Civil Veterinary Department Bengal reports 1933-51 - 1933-1951
Year: 1933
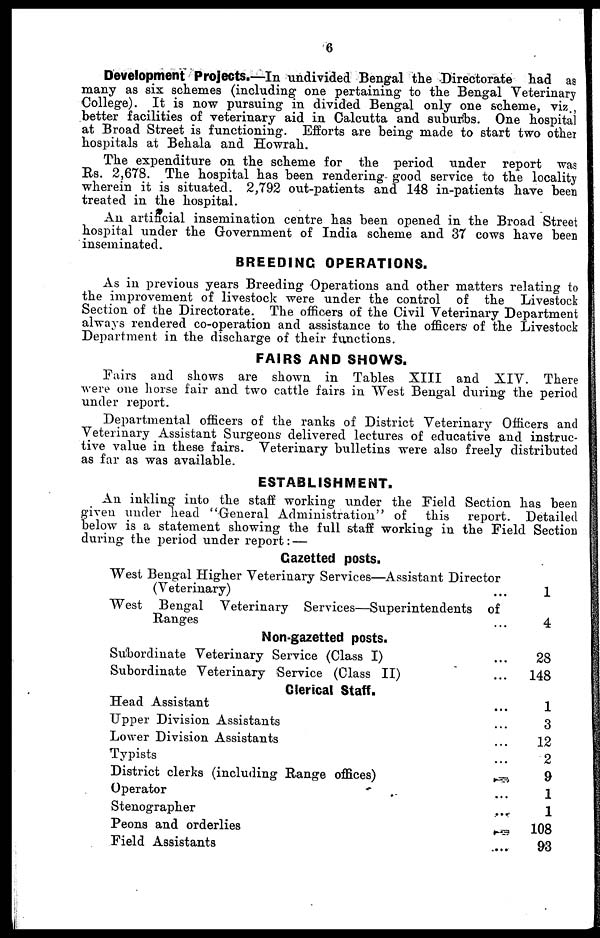
6
Development Projects.-In undivided Bengal the Directorate had as
many as six schemes (including one pertaining to the Bengal Veterinary
College). It is now pursuing in divided Bengal only one scheme, viz.,
better facilities of veterinary aid in Calcutta and suburbs. One hospital
at Broad Street is functioning. Efforts are being made to start two other
hospitals at Behala and Howrah.
The expenditure on the scheme for the period under report was
Rs. 2,678. The hospital has been rendering- good service to the locality
wherein it is situated. 2,792 out-patients and 148 in-patients have been
treated in the hospital.
An artificial insemination centre has been opened in the Broad Street
hospital under the Government of India scheme and 37 cows have been
inseminated.
BREEDING OPERATIONS.
As in previous years Breeding Operations and other matters relating to
the improvement of livestock were under the control of the Livestock
Section of the Directorate. The officers of the Civil Veterinary Department
always rendered co-operation and assistance to the officers of the Livestock
Department in the discharge of their functions.
FAIRS AND SHOWS.
Fairs and shows are shown in Tables XIII and XIV. There
were one horse fair and two cattle fairs in West Bengal during the period
under report.
Departmental officers of the ranks of District Veterinary Officers and
Veterinary Assistant Surgeons delivered lectures of educative and instruc-
tive value in these fairs. Veterinary bulletins were also freely distributed
as far as was available.
ESTABLISHMENT.
An inkling into the staff working under the Field Section has been
given under head "General Administration" of
this report. Detailed
below is a statement showing the full staff working in the Field Section
during the period under report :—
Gazetted posts.
West Bengal Higher Veterinary Services—Assistant Director
(Veterinary) ...
West Bengal Veterinary Services—Superintendents of
Ranges ...
Non-gazetted posts.
Subordinate Veterinary Service (Class I) ...
Subordinate Veterinary Service (Class II) ...
Clerical Staff.
Head Assistant ...
Upper Division Assistants ...
Lower Division Assistants ...
Typists ...
District clerks (including Range offices)
...
Operator
...
Stenographer ...
Peons and orderlies
...
Field Assistants
...
1
4
28
148
1
3
12
2
9
1
1
108
93